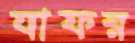
যাফর